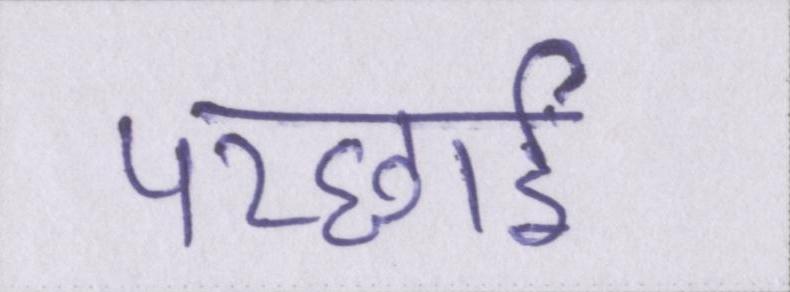
परछाईं